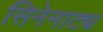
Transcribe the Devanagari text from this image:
सिनेनाट्य